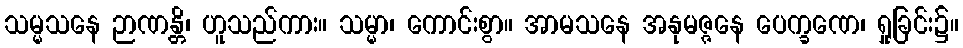
သမ္မသနေ ဉာဏန္တိ၊ ဟူသည်ကား။ သမ္မာ၊ ကောင်းစွာ။ အာမသနေ အနုမဇ္ဇနေ ပေက္ခဏေ၊ ရှုခြင်း၌။